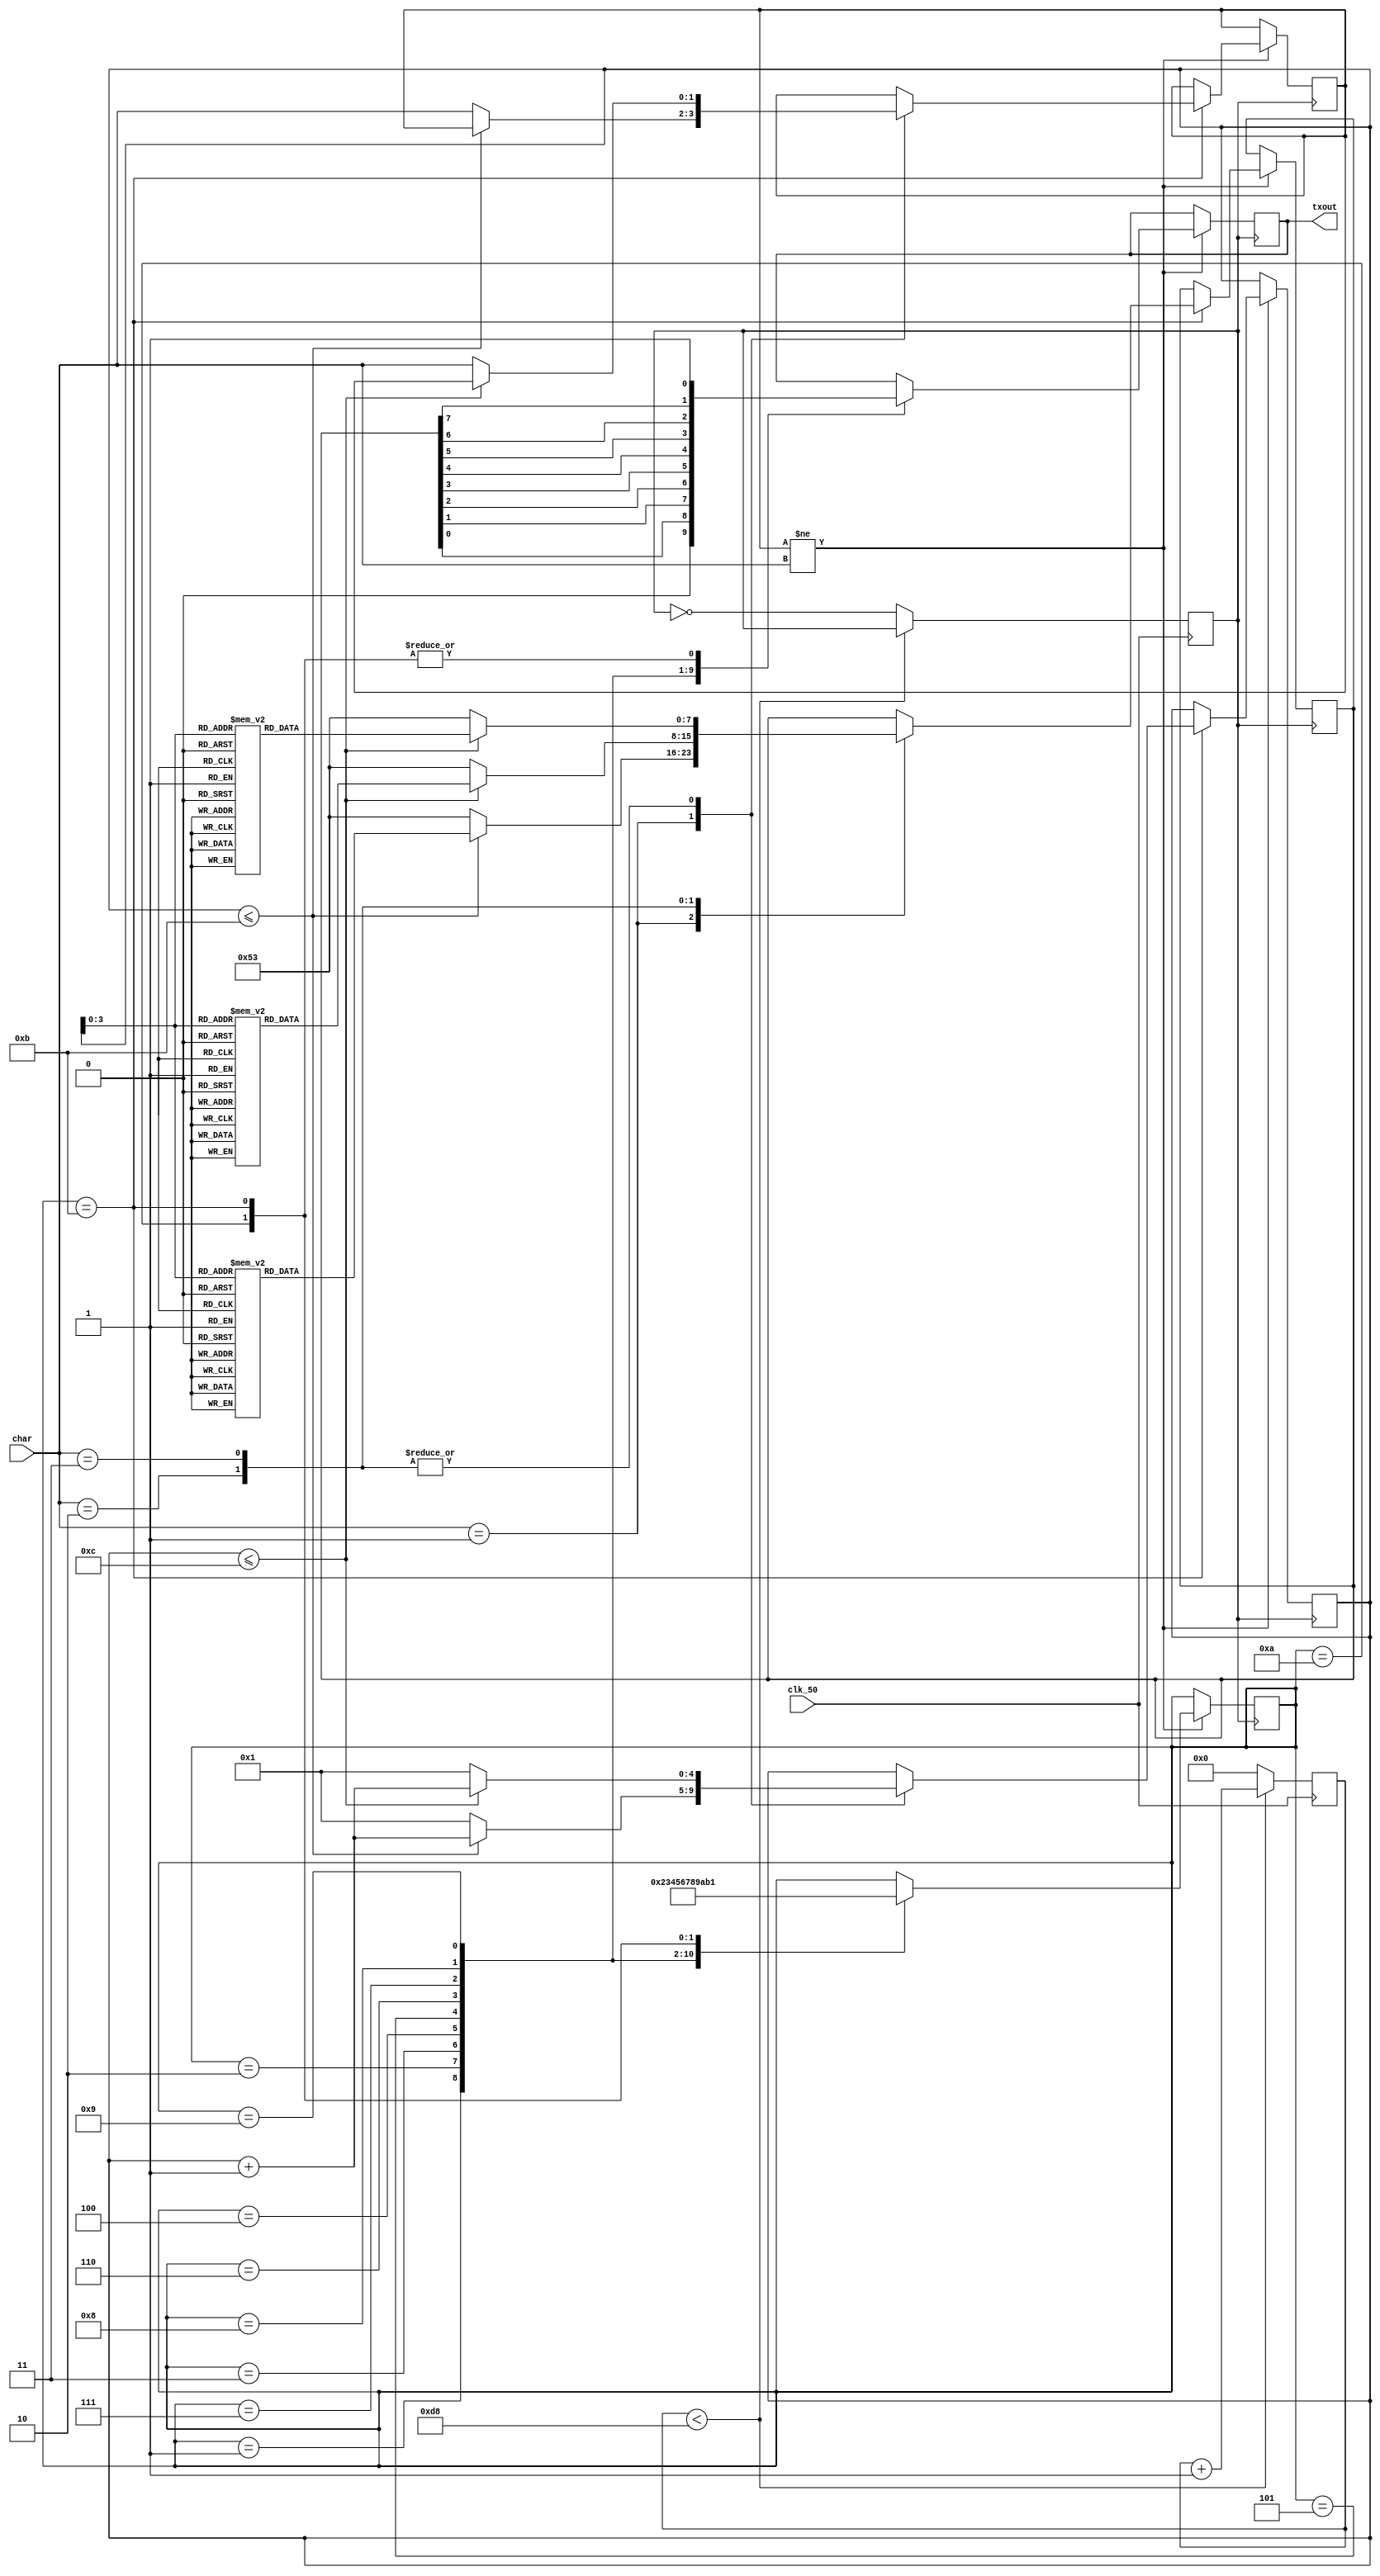
//UART Transmitter design
//Input   : clk_50M : 50 MHz clock
//Output  : tx : UART transmit output


module Module_UART(
	input clk_50,	//50 MHz clock
	input [1:0] char,
	output txout
);


reg [8:0] counter = 9'd0;				
reg clks = 0;
reg outs = 1;
reg [3:0] counter2 = 4'd0;
reg [7:0] data;
reg start_bit = 0;
reg stop_bit = 1;
reg [3:0]state = 4'd0;

//reg [1:0]char=2'd0;


parameter clk_per_bit = 9'd216;	//433
parameter frame = 4'd11;			
parameter _S = 8'b01010011, 
			 _I = 8'b01001001,
			 _M = 8'b01001101,
			 _D = 8'b01000100,
			 _Z = 8'b01011010,
			 _1 = 8'b00110001,
			 
			 _hyphen = 8'b00101101,
			 _hash = 8'b00100011,
			 _CR = 8'b00001010,
			 
			  _P = 8'b01010000,
			  _N = 8'b01001110,
			  _W = 8'b01010111;
			 
			
			
reg [7:0] SP[12:0];		//S-P-DZN1-N-#
reg [7:0] SD[12:0];		//S-D-DZN1-N-#
reg [7:0] SI[11:0];		//SI-SIN1-N-#
reg [4:0] i;

initial 
begin
data = _S;
state = 4'd0;
i=5'd1;

SP[0]=_S;
SP[1]=_hyphen;
SP[2]=_P;
SP[3]=_hyphen;
SP[4]=_D;
SP[5]=_Z;
SP[6]=_N;
SP[7]=_1;
SP[8]=_hyphen;
SP[9]=_N;
SP[10]=_hyphen;
SP[11]=_hash;
SP[12]=_CR;

SD[0]=_S;
SD[1]=_hyphen;
SD[2]=_D;
SD[3]=_hyphen;
SD[4]=_D;
SD[5]=_Z;
SD[6]=_N;
SD[7]=_1;
SD[8]=_hyphen;
SD[9]=_N;
SD[10]=_hyphen;
SD[11]=_hash;
SD[12]=_CR;

SI[0]=_S;
SI[1]=_I;
SI[2]=_hyphen;
SI[3]=_S;
SI[4]=_I;
SI[5]=_N;
SI[6]=_1;
SI[7]=_hyphen;
SI[8]=_N;
SI[9]=_hyphen;
SI[10]=_hash;
SI[11]=_CR;



end

always @(posedge clk_50)
begin
		  if (counter < clk_per_bit) 
		  begin
           counter <= counter + 1;
        end 
		  else 
		  begin
            counter <= 0;
            clks = ~clks;
        end
end


always @(negedge clks)
begin
		
      if (counter2 < frame) 
		  begin
            counter2 <= counter2 + 1;
        end 
		else 
		  begin
            counter2 <= 1;				
        end

end

reg [3:0]done=4'd0;
reg [1:0]ch=2'd0;

reg [3:0] count = 4'd1;

always @(negedge clks)
begin
		
		if(ch!=char)
		begin
			case(count)
			
			4'd1  :  begin
					   outs <= start_bit;
						count<=4'd2;
						end
			4'd2  :  begin
						outs <= data[0];
						count<=4'd3;
						end
			4'd3  :  begin
						outs <= data[1];
						count<=4'd4;
						end
			4'd4  :  begin
						outs <= data[2];
						count<=4'd5;
						end
			4'd5  :  begin
						outs <= data[3];
						count<=4'd6;
						end
			4'd6  :  begin
						outs <= data[4];
						count<=4'd7;
						end
			4'd7  :  begin
						outs <= data[5];
						count<=4'd8;
						end
			4'd8  :  begin
						outs <= data[6];
						count<=4'd9;
						end
			4'd9  :  begin
						outs <= data[7];
						count<=4'd10;
						end
			4'd10 :  begin
						outs <= stop_bit;
						count<=4'd11;
						end
			4'd11 :  begin
						outs <= stop_bit;
						
						case(char)
						2'd1 : begin
									if(i<=5'd11)
									begin
									data <= SI[i];
									i<=i+1;
									end
									else
									begin
									ch<=char;
									data <= _S;
									i<=5'd1;
									end
								 end
						2'd2 : begin
									if(i<=5'd12)
									begin
									data <= SP[i];
									i<=i+1;
									end
									else
									begin
									ch<=char;
									data <= _S;
									i<=5'd1;
									end
								 end
						2'd3 : begin
									if(i<=5'd12)
									begin
									data <= SD[i];
									i<=i+1;
									end
									else
									begin
									ch<=char;
									data <= _S;
									i<=5'd1;
									end
								 end
						endcase
						count<=4'd1;
						
						end
	
			endcase
			
			end
	
	
end

assign txout = outs;

////////////////////////YOUR CODE ENDS HERE//////////////////////////
endmodule
///////////////////////////////MODULE ENDS///////////////////////////